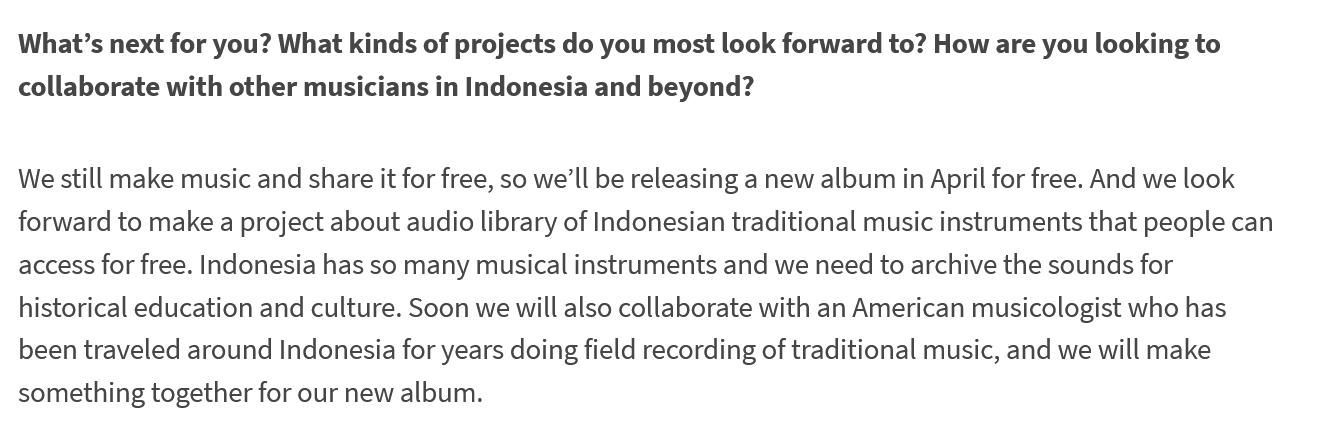
What’s next for you? What kinds of projects do you most look forward to? How are you looking to
  collaborate with other musicians in Indonesia and beyond?
  We still make music and share it for free, so we'll be releasing a new album in April for free. And we look
  forward to make a project about audio library of Indonesian traditional music instruments that people can
  access for free. Indonesia has so many musical instruments and we need to archive the sounds for
  historical education and culture. Soon we will also collaborate with an American musicologist who has
  been traveled around Indonesia for years doing field recording of traditional music, and we will make
  something together for our new album.